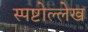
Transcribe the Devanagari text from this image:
स्पष्टोल्लेख